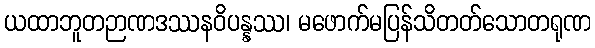
ယထာဘူတဉာဏဒဿနဝိပန္နဿ၊ မဖောက်မပြန်သိတတ်သောတရုဏ